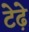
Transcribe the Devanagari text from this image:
टेढे़